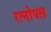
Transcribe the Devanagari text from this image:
रत्नोपल